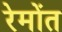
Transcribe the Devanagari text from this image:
रेमोंत